Indian journal of veterinary science and animal husbandry - Volumes 15-17, 1948-1951
Year: 1948
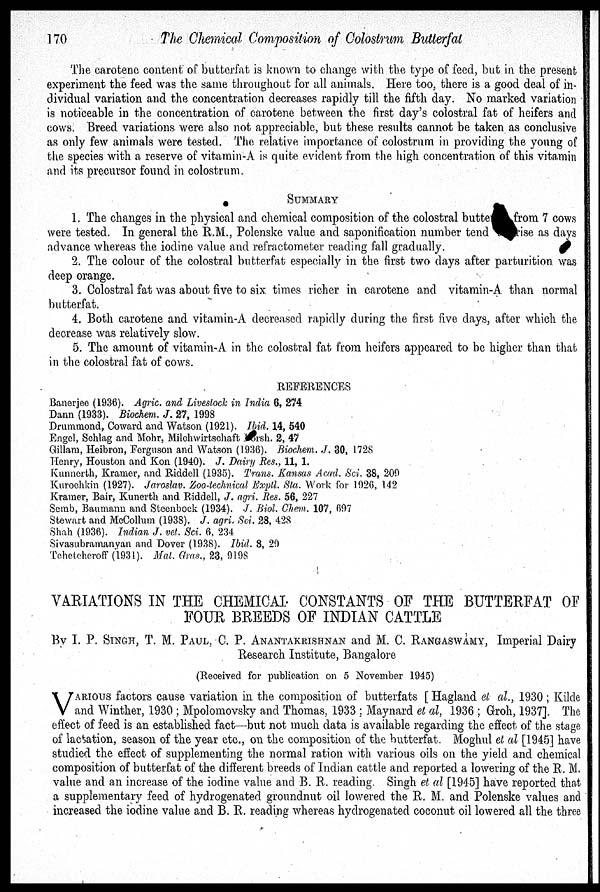
170
The Chemical Composition of Colostrum Butterfat
The carotene content of butterfat is known to change with the type of feed, but in the present
experiment the feed was the same throughout for all animals. Here too, there is a good deal of in-
dividual variation and the concentration decreases rapidly till the fifth day. No marked variation
is noticeable in the concentration of carotene between the first day's colostral fat of heifers and
cows. Breed variations were also not appreciable, but these results cannot be taken as conclusive
as only few animals were tested. The relative importance of colostrum in providing the young of
the species with a reserve of vitamin-A is quite evident from the high concentration of this vitamin
and its precursor found in colostrum.
SUMMARY
1. The changes in the physical and chemical composition of the colostral butte
from 7 cows
were tested. In general the R.M., Polenske value and saponification number tend
ise as days
advance whereas the iodine value and refractometer reading fall gradually.
2. The colour of the colostral butterfat especially in the first two days after parturition was
deep orange.
3. Colostral fat was about five to six. times richer in carotene and vitamin-A than normal
butterfat.
4. Both carotene and vitamin-A decreased rapidly during the first five days, after which the
decrease was relatively slow.
5. The amount of vitamin-A in the colostral fat from heifers appeared to be higher than that
in the colostral fat of cows.
REFERENCES
Banerjee (1936). Agric. and Livestock in India 6, 274
Dann (1933). Biochem. J. 27, 1998
Drummond, Coward and Watson (1921). Ibid. 14, 540
Engel, Schlag and Mohr, Milchwirtschaft crsh. 2, 47
Gillam, Heibron, Ferguson and Watson (1936). Biochem. J. 30, 1728
Henry, Houston and Kon (1940). J. Dairy Res., 11, 1.
Kunnerth, Kramer, and Riddell (1935). Trans. Kansas Acad. Sci. 38, 209
Kurochkin (1927). Jaroslav. Zoo-technical Exptl. Sta. Work for 1926, 142
Kramer, Bair, Kunerth and Riddell, J. agri. Res. 56, 227
Semb, Baumann and Steenbock (1934). J. Biol. Chem. 107, 697
Stewart and McCollum (1938). J. agri. Sci. 28, 428
Shah (1936). Indian J. vet. Sci. 6, 234
Sivasubramanyan and Dover (1938). Ibid. 8, 29
Tcheteheroff (1931). Mat. Gras., 23, 9198
VARIATIONS IN THE CHEMICAL CONSTANTS OF THE BUTTERFAT OF
FOUR BREEDS OF INDIAN CATTLE
By I. P. SINGH, T. M. PAUL, C. P. ANANTAKRISHNAN and M. C. RANGASWAMY, Imperial Dairy
Research Institute, Bangalore
(Received for publication on 5 November 1945)
V ARIOUS factors cause variation in the composition of butterfats [ Hagland et al., 1930 ; Kilde
and Winther, 1930; Mpolomovsky and Thomas, 1933; Maynard et al, 1936; Groh, 1937]. The
effect of feed is an established fact—but not much data is available regarding the effect of the stage
of lactation, season of the year etc., on the composition of the butterfat. Moghul et al [1945] have
studied the effect of supplementing the normal ration with various oils on the yield and chemical
composition of butterfat of the different breeds of Indian cattle and reported a lowering of the R. M.
value and an increase of the iodine value and B. R. reading. Singh et al [1945] have reported that
a supplementary feed of hydrogenated groundnut oil lowered the R. M. and Polenske values and
increased the iodine value and B. R. reading whereas hydrogenated coconut oil lowered all the three